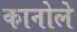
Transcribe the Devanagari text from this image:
कानोले